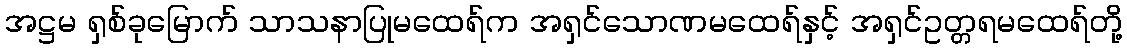
အဋ္ဌမ ရှစ်ခုမြောက် သာသနာပြုမထေရ်က အရှင်သောဏမထေရ်နှင့် အရှင်ဥတ္တရမထေရ်တို့